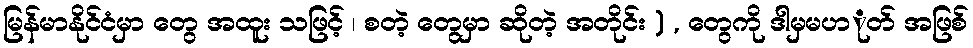
မြန်မာနိုင်ငံမှာ တွေ အထူး သဖြင့် ၊ စတဲ့ တွေမှာ ဆိုတဲ့ အတိုင်း ) , တွေကို ဒါမှမပာုတ် အဖြစ်